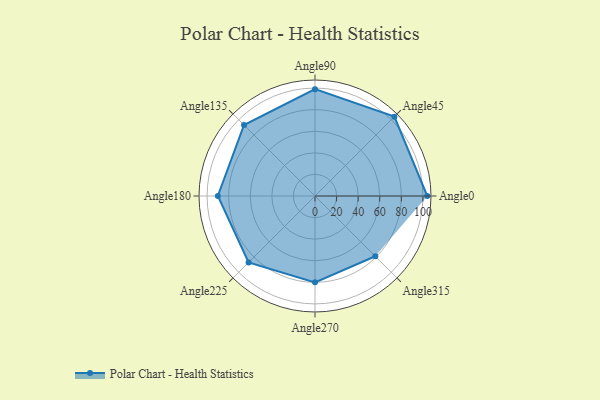
{"axis": {"x": "Angle", "y": "Radius"}, "legend": [""], "data": [{"x": "Angle0", "y": 104.0, "type": ""}, {"x": "Angle45", "y": 104.0, "type": ""}, {"x": "Angle90", "y": 99.0, "type": ""}, {"x": "Angle135", "y": 93.0, "type": ""}, {"x": "Angle180", "y": 90.0, "type": ""}, {"x": "Angle225", "y": 87.0, "type": ""}, {"x": "Angle270", "y": 80.0, "type": ""}, {"x": "Angle315", "y": 79.0, "type": ""}]}